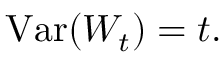
\operatorname { V a r } ( W _ { t } ) = t .